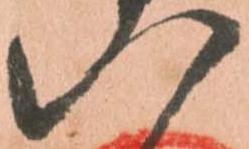
八